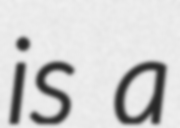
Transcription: is a